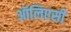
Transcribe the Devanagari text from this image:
ऑलिएसी